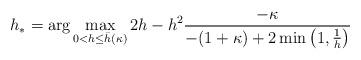
LaTeX: \begin{align*} \begin{aligned} h_* = \arg \max_{0 < h {} \leq {} \bar{h}(\kappa)} 2 h - h^2 \frac{-\kappa}{ -(1+\kappa) + 2 \min\left(1, \frac{1}{h}\right)} \end{aligned}\end{align*}